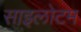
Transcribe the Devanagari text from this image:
साइलोटम